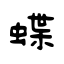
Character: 蝶